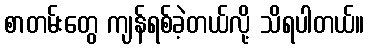
စာတမ်းတွေ ကျန်ရစ်ခဲ့တယ်လို့ သိရပါတယ်။